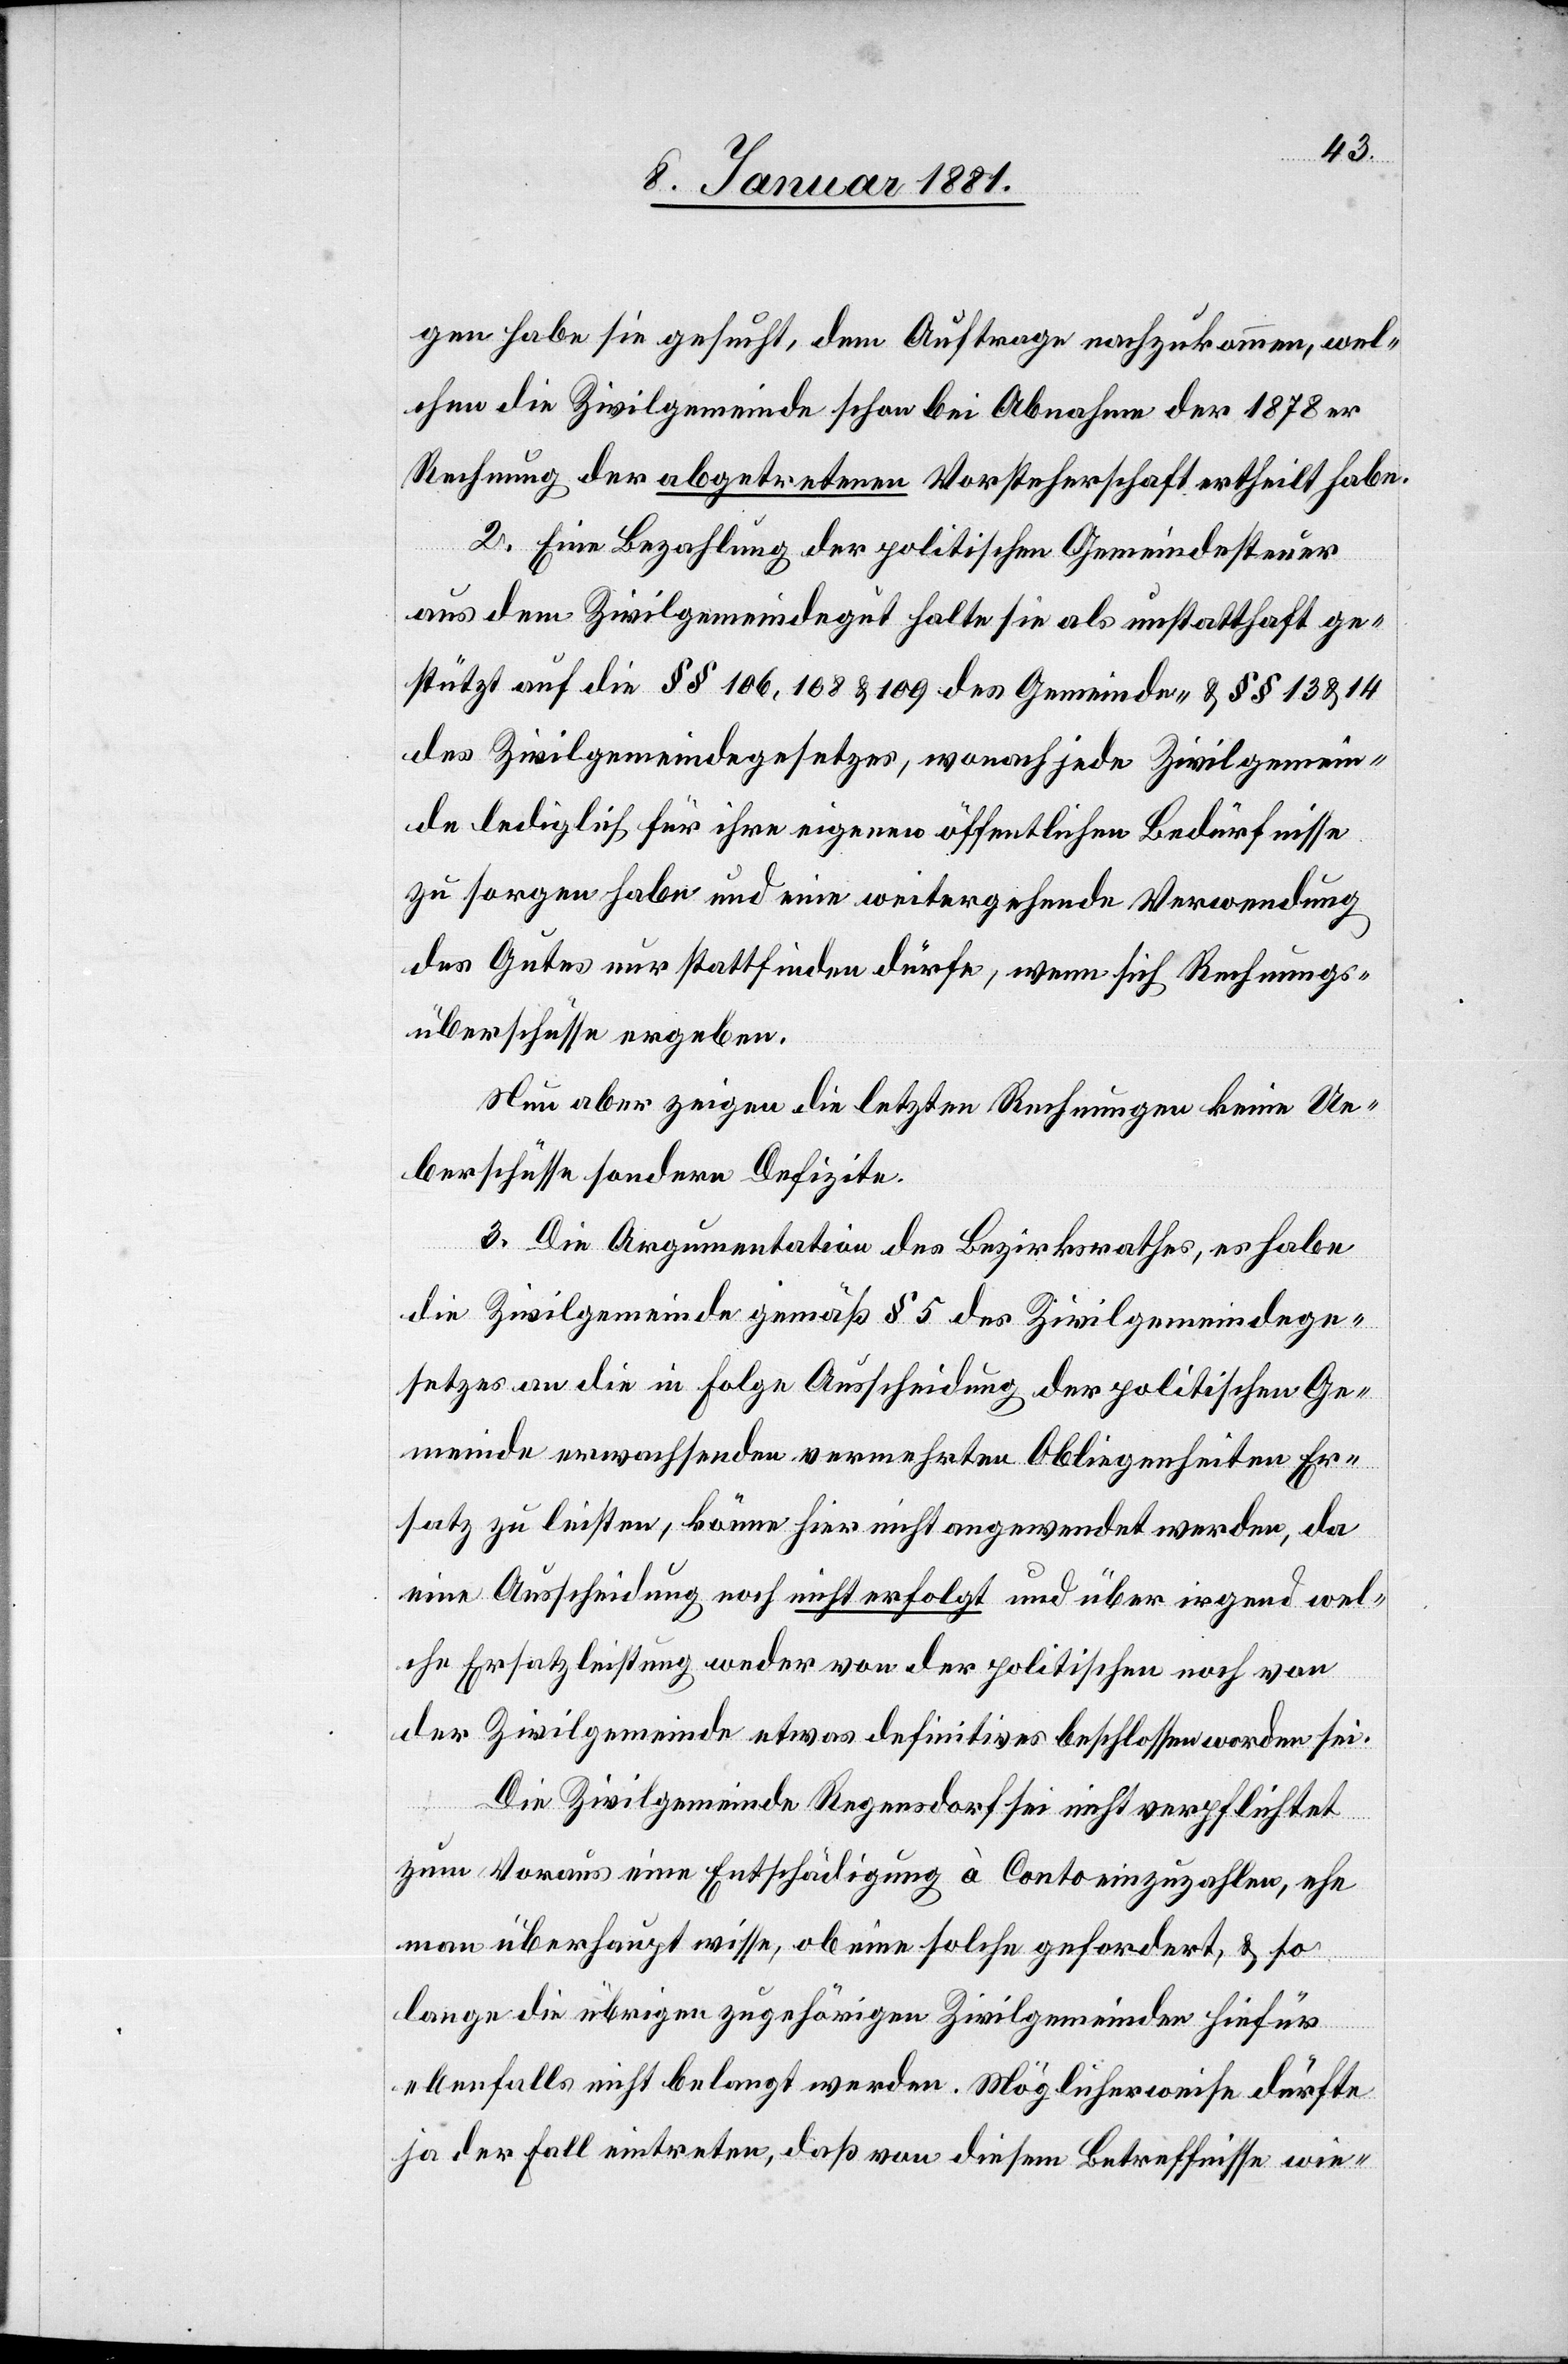
gen habe sie gesucht, dem Auftrage nachzukommen, wel¬
chen die Zivilgemeinde schon bei Abnahme der 1878er
Rechnung der abgetretenen Vorsteherschaft ertheilt habe.
2. Eine Bezahlung der politischen Gemeindesteuer
aus dem Zivilgemeindegut halte sie als unstatthaft ge¬
stützt auf die §§ 106, 108 & 109 des Gemeinde- & §§ 13 & 14
des Zivilgemeindegesetzes, wonach jede Zivilgemein¬
de lediglich für ihre eigenen öffentlichen Bedürfnisse
zu sorgen habe und eine weitergehende Verwendung
des Gutes nur stattfinden dürfe, wenn sich Rechnungs¬
überschüsse ergeben.
Neu aber zeigen die letzten Rechnungen keine Ue¬
berschüsse sondern Defizite.
3. Die Argumentation des Bezirksrathes, es habe
die Zivilgemeinde gemäß § 5 des Zivilgemeindege¬
setzes an die in Folge Ausscheidung der politischen Ge¬
meinde erwachsenden vermehrten Obliegenheiten Er¬
satz zu leisten, könne hier nicht angewendet werden, da
eine Ausscheidung noch nicht erfolgt und über irgend wel¬
che Ersatzleistung weder von der politischen noch von
der Zivilgemeinde etwas definitives beschlossen worden sei.
Die Zivilgemeinde Regensdorf sei nicht verpflichtet
zum Voraus eine Entschädigung à Conto einzuzahlen, ehe
man überhaupt wisse, ob eine solche gefordert, & so¬
lange die übrigen zugehörigen Zivilgemeinden hiefür
ebenfalls nicht belangt werden. Möglicherweise dürfte
ja der Fall eintreten, daß von diesem Betreffnisse wie-